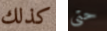
كذلك حتى